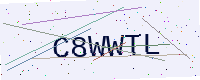
Text: C8WWTL